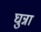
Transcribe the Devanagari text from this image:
घुन्ना